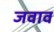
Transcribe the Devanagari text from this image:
जवाव